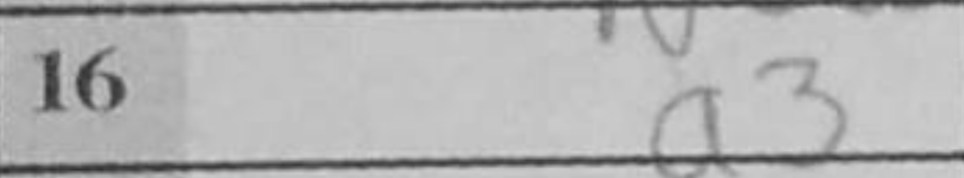
Transcription: a3